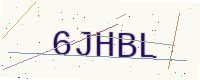
Text: 6JHBL